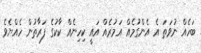
ބަހެއް ނުވަތަ އެ އެންގުމެއް އަމުރެއް އައީ ކިހިނެއް ކާކުގެ ފަރާތުން ހެއްޔެވެ